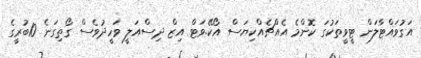
އަގުވައްޓާލަން ޓީވީތަކުގަ ކޮންމެ އެއްޗެއްކިޔަސް އޯކޭ.ވަޓް އިޒް ދިސްއަލީ ވަހީދުވެސް ގޯތިގަނެ 10ބުރީގެ